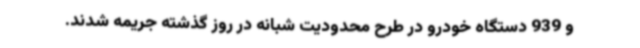
و 939 دستگاه خودرو در طرح محدودیت شبانه در روز گذشته جریمه شدند.